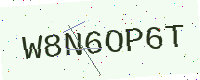
Text: W8N6OP6T